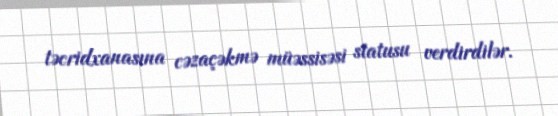
təcridxanasına cəzaçəkmə müəssisəsi statusu verdirdilər.